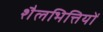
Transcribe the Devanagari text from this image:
शैलभित्तियों